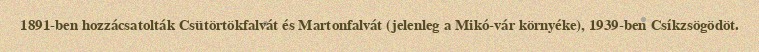
1891-ben hozzácsatolták Csütörtökfalvát és Martonfalvát (jelenleg a Mikó-vár környéke), 1939-ben Csíkzsögödöt.